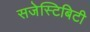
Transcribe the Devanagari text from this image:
सजेस्टिबिटी